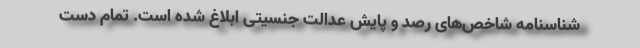
شناسنامه شاخص‌های رصد و پایش عدالت جنسیتی ابلاغ شده است. تمام دست